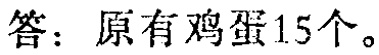
答：原有鸡蛋15个。